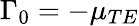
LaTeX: \Gamma_{0}=-\mu_{TE}